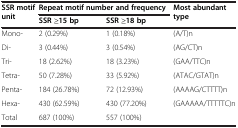
| <ROWSPAN=2> SSR motif unit | <COLSPAN=2> Repeat motif number and frequency | <ROWSPAN=2> Most abundant type |
 | SSR ≥15 bp | SSR ≥18 bp |
 | --- | --- | --- | --- |
 | Mono- | 2 (0.29%) | 1 (0.18%) | (A/T)n |
 | Di- | 3 (0.44%) | 3 (0.54%) | (AG/CT)n |
 | Tri- | 18 (2.62%) | 18 (3.23%) | (GAA/TTC)n |
 | Tetra- | 50 (7.28%) | 33 (5.92%) | (ATAC/GTAT)n |
 | Penta- | 184 (26.78%) | 72 (12.93%) | (AAAAG/CTTTT)n |
 | Hexa- | 430 (62.59%) | 430 (77.20%) | (GAAAAA/TTTTTC)n |
 | Total | 687 (100%) | 557 (100%) |  |